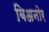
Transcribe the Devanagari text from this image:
बिअनोर